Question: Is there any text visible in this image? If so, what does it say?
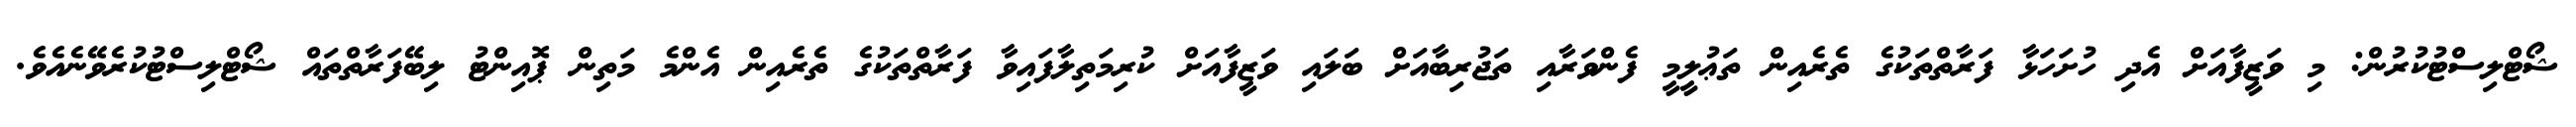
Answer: ޝޯޓްލިސްޓުކުރުން: މި ވަޒީފާއަށް އެދި ހުށަހަޅާ ފަރާތްތަކުގެ ތެރެއިން ތަޢުލީމީ ފެންވަރާއި ތަޖުރިބާއަށް ބަލައި ވަޒީފާއަށް ކުރިމަތިލާފައިވާ ފަރާތްތަކުގެ ތެރެއިން އެންމެ މަތިން ޕޮއިންޓު ލިބޭފަރާތްތައް ޝޯޓްލިސްޓުކުރެވޭނެއެވެ.